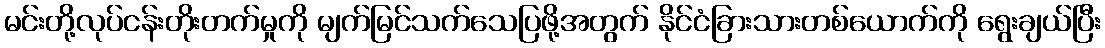
မင်းတို့လုပ်ငန်းတိုးတက်မှုကို မျက်မြင်သက်သေပြဖို့အတွက် နိုင်ငံခြားသားတစ်ယောက်ကို ရွေးချယ်ပြီး